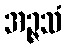
အဉ္ဇသံ